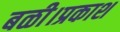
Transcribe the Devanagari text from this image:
बळी।प्रकाश